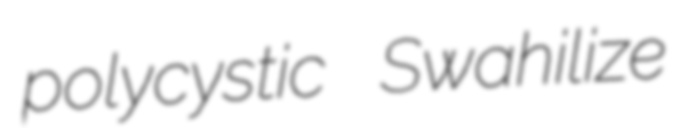
polycystic Swahilize